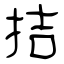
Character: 拮